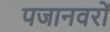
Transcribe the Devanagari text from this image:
पजानवरों